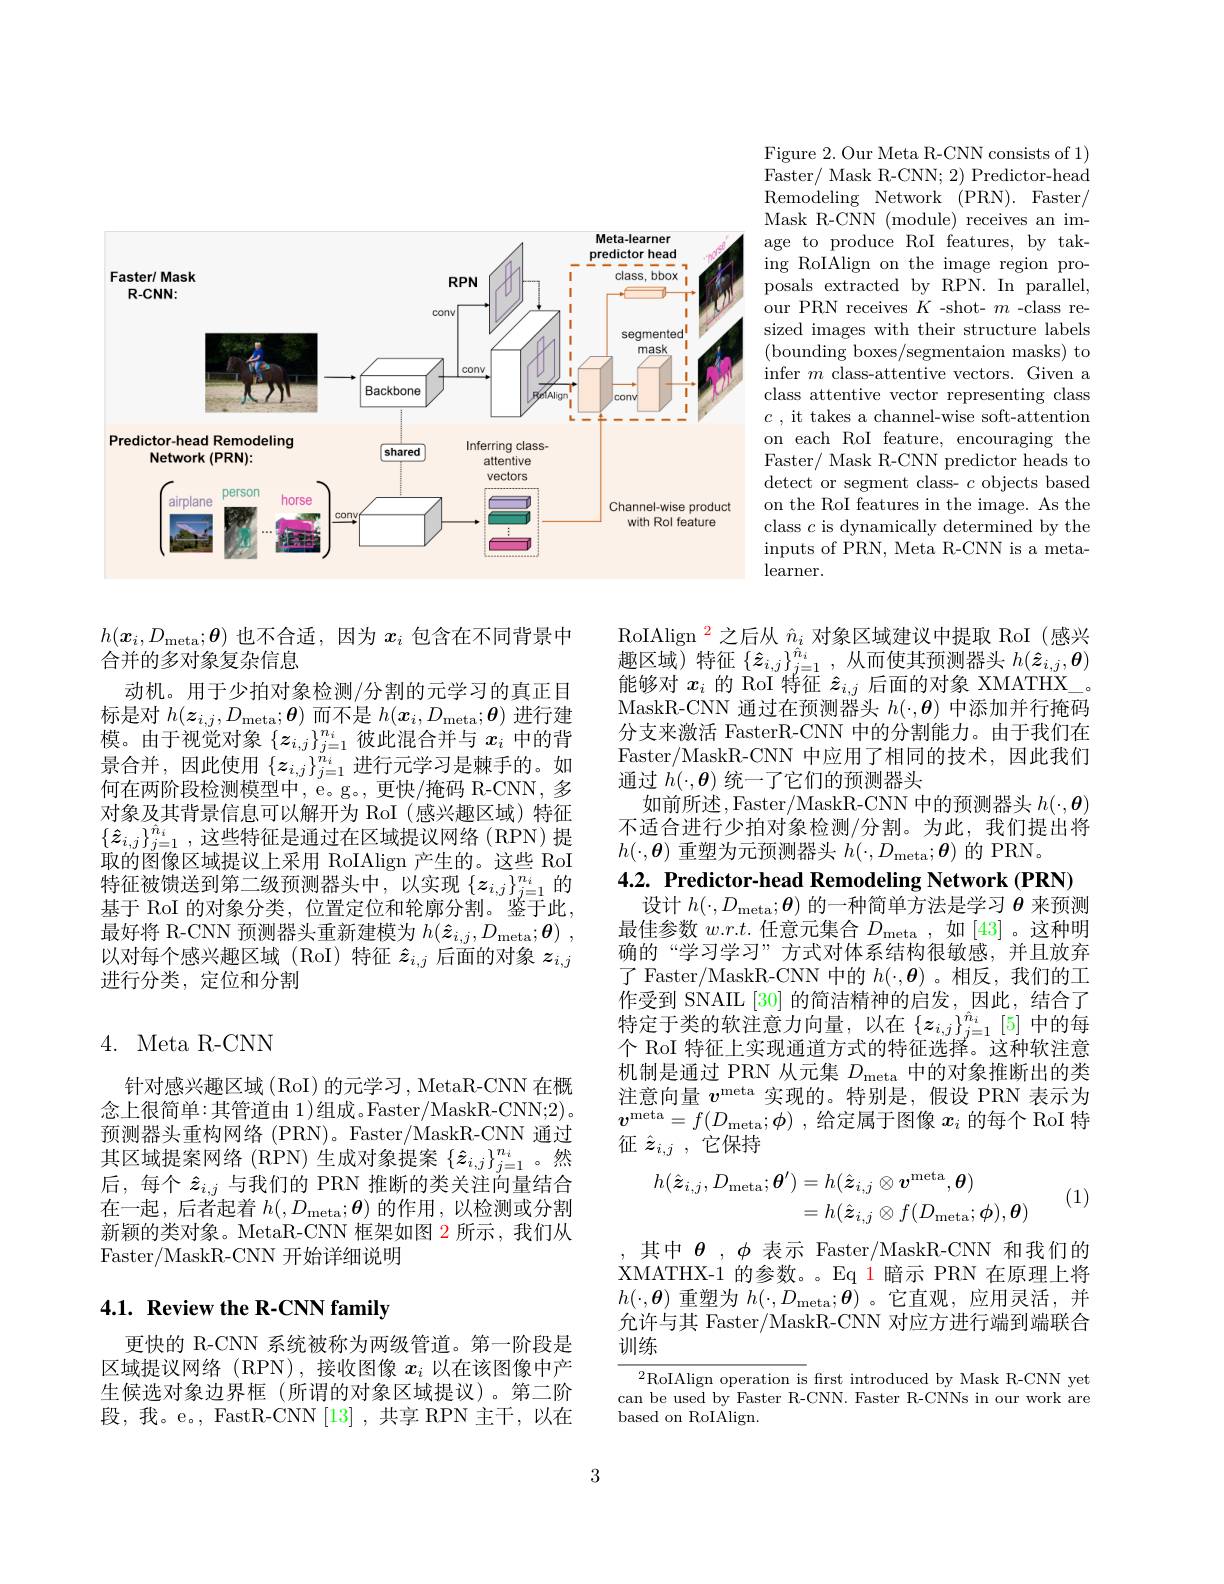
<FigureHere>

Figure 2. Our Meta R-CNN consists of 1) Faster/ Mask R-CNN; 2) Predictor-head Remodeling Network (PRN). Faster/ Mask R-CNN ( module) receives an im- age to produce RoI features, by taking RoIAlign on the image region proposals extracted by RPN. In parallel, our PRN receives $K$ -shot- $m$ -class resized images with their structure labels (bounding boxes/segmentaion masks) to infer $m$ class-attentive vectors. Given a class attentive vector representing class $c$ , it takes a channel-wise soft-attention on each RoI feature, encouraging the Faster/ Mask R-CNN predictor heads to detect or segment class- $c$ objects based on the RoI features in the image. As the class $c$ is dynamically determined by the inputs of PRN, Meta R-CNN is a metalearner.

RoIAlign $^{\color{red}2}$之后从$\hat{n}_i$对象区域建议中提取 RoI (感兴趣区域)特征$\left\{\hat{z}_{i,j}\right\}_{j=1}^{\hat{n}_{i}}$,从而使其预测器头$h(\hat{z}_{i,j},\boldsymbol{\theta})$ 能够对$x_i$的 RoI 特征$\hat{z}_{i,j}$后面的对象 XMATHX\_ MaskR-CNN 通过在预测器头$h(\cdot,\boldsymbol{\theta})$中添加并行掩码分支来激活 FasterR-CNN 中的分割能力。由于我们在Faster/MaskR-CNN 中应用了相同的技术，因此我们通过$h(\cdot,\boldsymbol{\theta})$统一了它们的预测器头
如前所述，Faster/MaskR-CNN 中的预测器头$h(\cdot,\boldsymbol{\theta})$ 不适合进行少拍对象检测/分割。为此，我们提出将$h(\cdot,\boldsymbol{\theta})$重塑为元预测器头$h(\cdot,D_\mathrm{meta};\boldsymbol{\theta})$的 PRN。
4.2. Predictor-head Remodeling Network (PRN)

$h(\boldsymbol{x}_i,D_\mathrm{meta};\boldsymbol{\theta})$也不合适，因为$x_i$包含在不同背景中
合并的多对象复杂信息
动机。用于少拍对象检测/分割的元学习的真正目标是对$h(\boldsymbol{z}_{i,j},D_{\mathrm{meta}};\boldsymbol{\theta})$而不是$h(\boldsymbol{x}_i,D_{\mathrm{meta}};\boldsymbol{\theta})$进行建模 。由 于 视 觉 对 象 $\{ z_{i, j}\} _{j= 1}^{n_i}$ 彼 此 混 合 并 与 $x_i$ 中 的 背 景 合 并 , 因 此 使 用 $\{ z_{i, j}\} _{j= 1}^{n_i}$ 进 行 元 学 习 是 棘 手 的 。如 尔 布 亚 的 $\mathbb{R}$ 对 此 带 可 以 上何在两阶段检测模型中，e。g。, 更快/掩码 R-CNN, 多对象及其背景信息可以解开为 RoI (感兴趣区域)特征$\{ \hat{z} _{i, j}\} _{j= 1}^{\hat{n} _i}$ ,这些特征是通过在区域提议网络(RPN)提取的图像区域提议上采用 RoIAlign 产生的。这些 RoI 特征被馈送到第二级预测器头中，以实现$\{\boldsymbol z_{i,j}\}_{j=1}^{n_i}$的基于 RoI 的对象分类，位置定位和轮廓分割。鉴于此， 最好将 R-CNN 预测器头重新建模为$h( \hat{\boldsymbol{z}} _{i, j}, D_{\mathrm{meta}}; \boldsymbol{\theta })$ , 以对每个感兴趣区域(RoI)特征$\hat{z}_{i,j}$后面的对象$z_i,j$ 进行分类，定位和分割

设计$h(\cdot,D_\mathrm{meta};\boldsymbol{\theta})$的一种简单方法是学习$\boldsymbol{\theta}$来预测最佳参数$w.r.t.$任意元集合$D_\mathrm{meta}$,如[43] 。这种明确的“学习学习”方式对体系结构很敏感，并且放弃了 Faster/MaskR-CNN 中的$h(\cdot,\boldsymbol{\theta})$ 。相反，我们的工作受到 SNAIL [30] 的简洁精神的启发，因此，结合了特定于类的软注意力向量，以在$\left\{\boldsymbol z_{i,j}\right\}_{j=1}^{\hat{n}_i}\left[5\right]$中的每个 RoI 特征上实现通道方式的特征选择。这种软注意机制是通过 PRN 从元集$D_\mathrm{meta}$中的对象推断出的类注意向量$v^\mathrm{meta}$实现的。特别是，假设 PRN 表示为$v^\mathrm{meta}= f( D_\mathrm{meta}; \phi )$ ,给定属于图像 $x_i$ 的每个 RoI 特征$\hat{z} _{i, j}$ ,它保持

## 4. Meta R-CNN

针对感兴趣区域 (RoI) 的元学习 , MetaR-CNN 在概念上很简单：其管道由 1)组成。Faster/MaskR-CNN;2)。预测器头重构网络 (PRN)。Faster/MaskR-CNN 通过其区域提案网络 (RPN) 生成对象提案$\{\hat{z}_{i,j}\}_{j=1}^{n_i}$。然后，每个$\hat{z}_{i,j}$与我们的 PRN 推断的类关注向量结合在一起，后者起着$h(,D_\mathrm{meta};\boldsymbol{\theta})$的作用，以检测或分割新颖的类对象。MetaR-CNN 框架如图 2 所示，我们从Faster/MaskR-CNN 开始详细说明
$$\begin{aligned}h(\hat{\boldsymbol{z}}_{i,j},D_{\mathrm{meta}};\boldsymbol{\theta}^{\prime})&=h(\hat{\boldsymbol{z}}_{i,j}\otimes\boldsymbol{v}^{\mathrm{meta}},\boldsymbol{\theta})\\&=h(\hat{\boldsymbol{z}}_{i,j}\otimes f(D_{\mathrm{meta}};\boldsymbol{\phi}),\boldsymbol{\theta})\end{aligned}$$
(1)

其中$\theta,\phi$表示 Faster/MaskR-CNN 和我们的XMATHX-1 的参数。。Eq 1 暗示 PRN 在原理上将$h(\cdot,\boldsymbol{\theta})$重塑为$h(\cdot,D_\mathrm{meta};\boldsymbol{\theta})$ 。它直观，应用灵活，并允许与其 Faster/MaskR-CNN 对应方进行端到端联合训练

## $4. 1. \textbf{ Review the R- CNN family}$

更快的 R-CNN 系统被称为两级管道。第一阶段是区域提议网络(RPN),接收图像$x_i$以在该图像中产生候选对象边界框(所谓的对象区域提议)。第二阶段，我。e。, FastR-CNN[13],共享 RPN 主干，以在

${\sqrt{2\text{RoIAlign operation is}}}$frst introduced by Mask R-CNN yet can be used by Faster R-CNN. Faster R-CNNs in our work are based on RoIAlign.

3